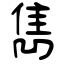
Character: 雋